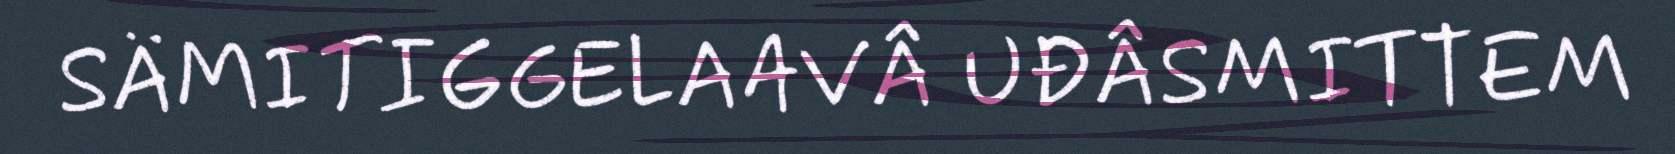
SÄMITIGGELAAVÂ UĐÂSMITTEM